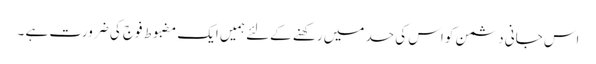
اس جانی دشمن کو اس کی حد میں رکھنے کےلئے ہمیں ایک مضبوط فوج کی ضرورت ہے ۔